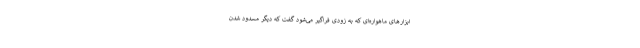
ابزارهای ماهواره‌ای که به زودی فراگیر می‌شود گفت که دیگر مسدود شدن